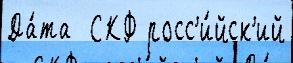
Да́та  СКФ росс'и́йск'ий